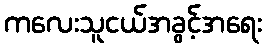
ကလေးသူငယ်အခွင့်အရေး